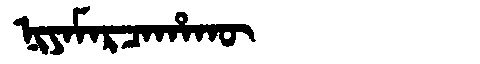
Manchu: ᠨᡳᠶᠠᠮᠠᡵᠴᠠᡥᠠᡴᡡ
Romanization: NIYAMARCAHAKŪ